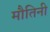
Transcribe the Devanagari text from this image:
मौतिनी